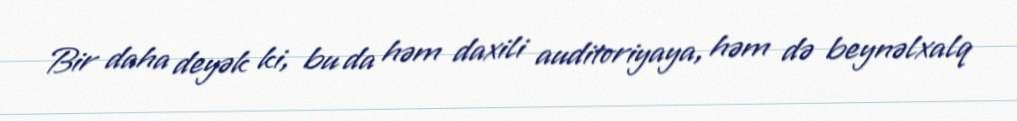
Bir daha deyək ki, bu da həm daxili auditoriyaya, həm də beynəlxalq